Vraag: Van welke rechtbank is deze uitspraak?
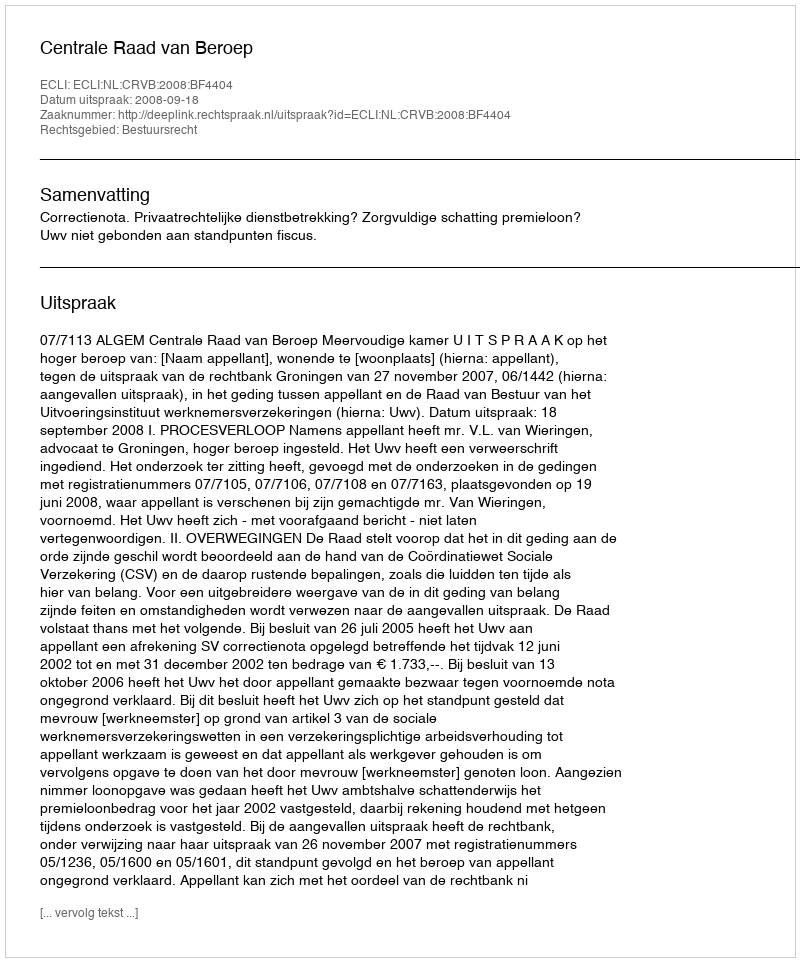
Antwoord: Centrale Raad van Beroep